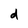
Character: d